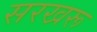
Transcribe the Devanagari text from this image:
सरखरू